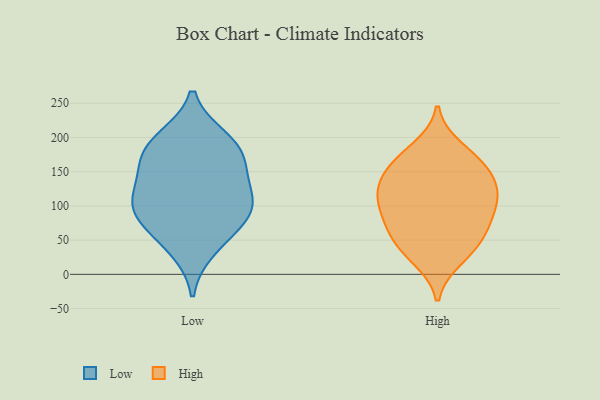
{"axis": {"x": "Customer Acquisition Cost (USD)", "y": "Value"}, "legend": ["High", "Low"], "data": [{"x": "", "y": 63, "type": "Low"}, {"x": "", "y": 195, "type": "Low"}, {"x": "", "y": 82, "type": "Low"}, {"x": "", "y": 147, "type": "Low"}, {"x": "", "y": 170, "type": "Low"}, {"x": "", "y": 173, "type": "Low"}, {"x": "", "y": 103, "type": "Low"}, {"x": "", "y": 127, "type": "Low"}, {"x": "", "y": 199, "type": "Low"}, {"x": "", "y": 96, "type": "Low"}, {"x": "", "y": 103, "type": "Low"}, {"x": "", "y": 36, "type": "Low"}, {"x": "", "y": 126, "type": "High"}, {"x": "", "y": 124, "type": "High"}, {"x": "", "y": 88, "type": "High"}, {"x": "", "y": 72, "type": "High"}, {"x": "", "y": 59, "type": "High"}, {"x": "", "y": 184, "type": "High"}, {"x": "", "y": 98, "type": "High"}, {"x": "", "y": 52, "type": "High"}, {"x": "", "y": 123, "type": "High"}, {"x": "", "y": 155, "type": "High"}, {"x": "", "y": 165, "type": "High"}, {"x": "", "y": 34, "type": "High"}, {"x": "", "y": 108, "type": "High"}, {"x": "", "y": 23, "type": "High"}, {"x": "", "y": 158, "type": "High"}]}